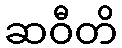
ဆဝီတိ